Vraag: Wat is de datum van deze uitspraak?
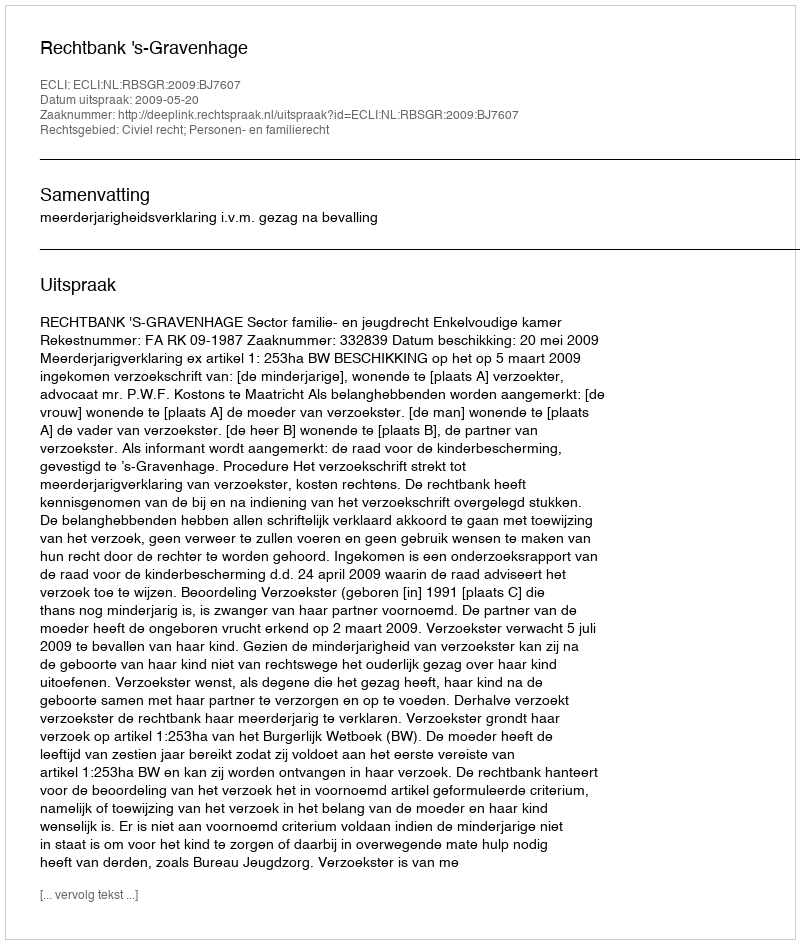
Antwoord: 2009-05-20